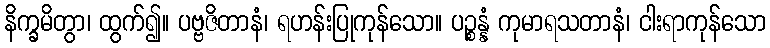
နိက္ခမိတွာ၊ ထွက်၍။ ပဗ္ဗဇိတာနံ၊ ရဟန်းပြုကုန်သော။ ပဉ္စန္နံ ကုမာရသတာနံ၊ ငါးရာကုန်သော